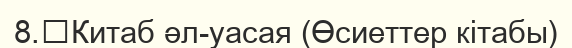
8.	Китаб әл-уасая (Өсиеттер кітабы)